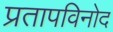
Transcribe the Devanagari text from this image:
प्रतापविनोद